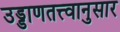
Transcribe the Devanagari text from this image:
उड्डाणतत्त्वानुसार